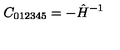
C _ { 0 1 2 3 4 5 } = - \hat { H } ^ { - 1 }